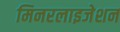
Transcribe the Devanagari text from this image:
मिनरलाइजेशन